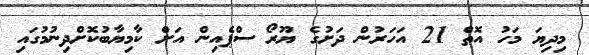
މިދިޔަ މަހު އޮތް 21 އަހަރުން ދަށުގެ ޔޫރޯ ސްޕެއިން އަށް ކާމިޔާބުކޮށްދިނުމުގައި